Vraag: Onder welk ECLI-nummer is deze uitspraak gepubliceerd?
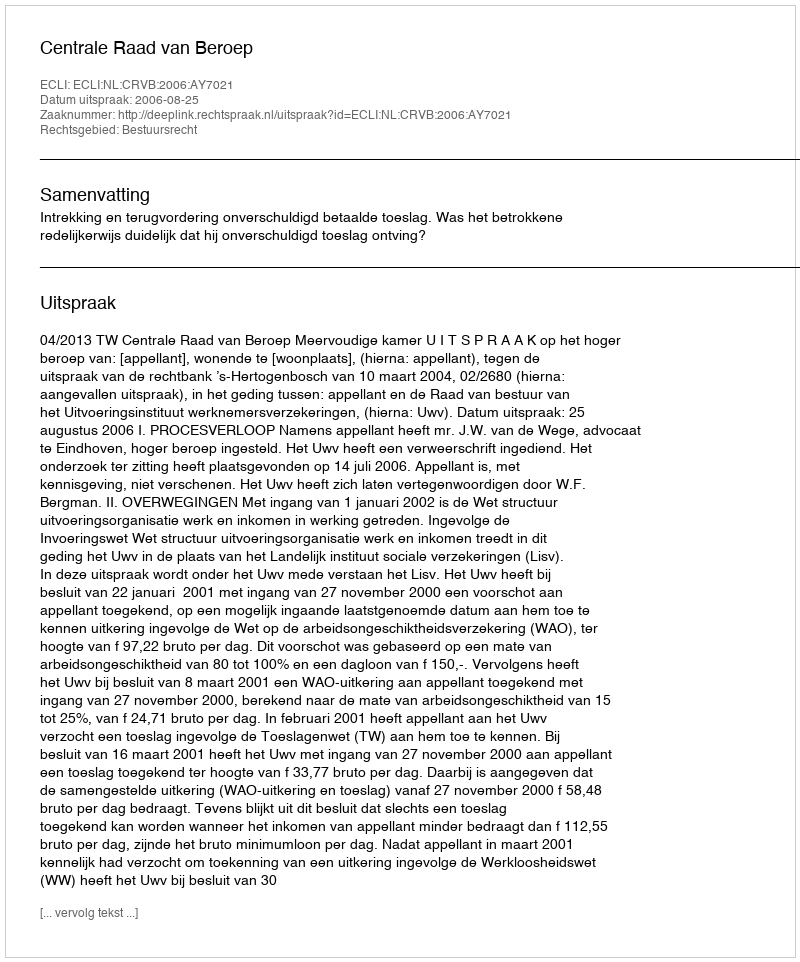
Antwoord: ECLI:NL:CRVB:2006:AY7021